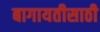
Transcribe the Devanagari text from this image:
बागायतीसाठी